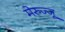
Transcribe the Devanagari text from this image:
मेरुज्जू